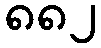
၈၈၂